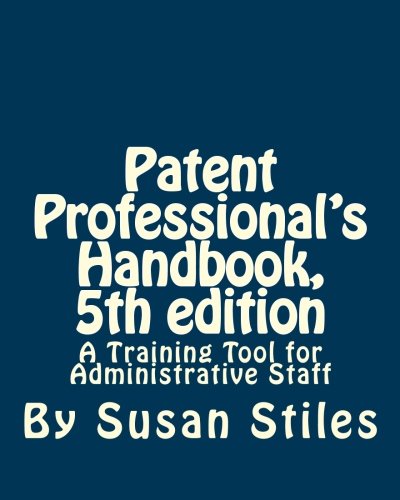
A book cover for Patent Professionals's Handbook, 5th edition: A Training Tool for Administrative Staff; Susan Stiles; Law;